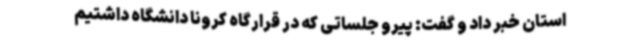
استان خبر داد و گفت: پیرو جلساتی که در قرارگاه کرونا دانشگاه داشتیم